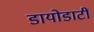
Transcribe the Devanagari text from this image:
डायोडाटी